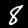
Digit: 8